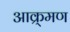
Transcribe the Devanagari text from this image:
आक्र्मण